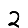
Digit: 2